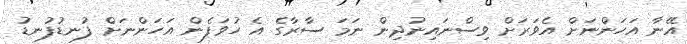
އޭނާ އަހަންނަށް އެވަރަށް ވިސްނައިނުދިން ނަމަ ސާރާގެ އެ ހުވަފެން އަހަންނަށް ފުނޑުފުނޑު